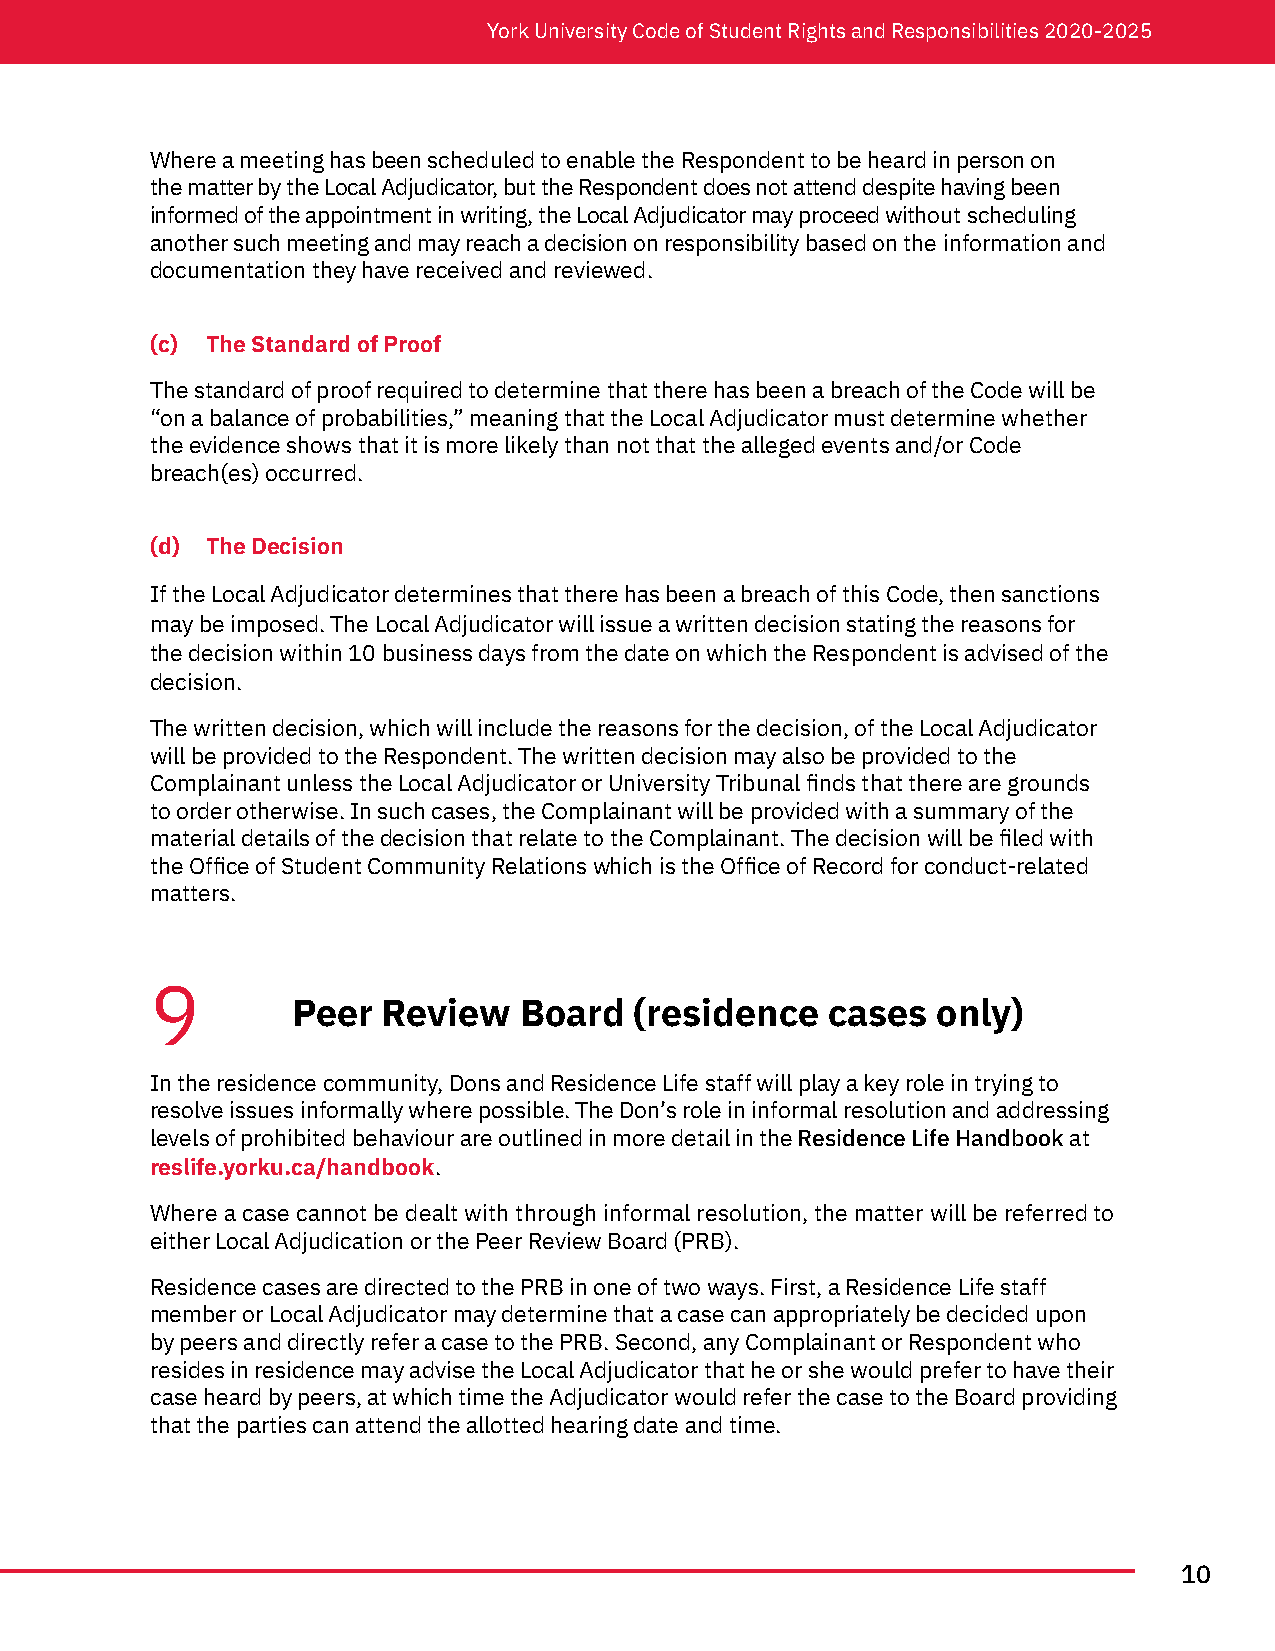
York University Code of Student Rights and Responsibilities 2020-2025
 Where a meeting has been scheduled to enable the Respondent to be heard in person on
 the matter by the Local Adjudicator, but the Respondent does not attend despite having been
 informed of the appointment in writing, the Local Adjudicator may proceed without scheduling
 another such meeting and may reach a decision on responsibility based on the information and
 documentation they have received and reviewed.
 (c) The Standard of Proof
 The standard of proof required to determine that there has been a breach of the Code will be
 “on a balance of probabilities,” meaning that the Local Adjudicator must determine whether
 the evidence shows that it is more likely than not that the alleged events and/or Code
 breach(es) occurred.
 (d) The Decision
 If the Local Adjudicator determines that there has been a breach of this Code, then sanctions
 may be imposed. The Local Adjudicator will issue a written decision stating the reasons for
 the decision within 10 business days from the date on which the Respondent is advised of the
 decision.
 The written decision, which will include the reasons for the decision, of the Local Adjudicator
 will be provided to the Respondent. The written decision may also be provided to the
 Complainant unless the Local Adjudicator or University Tribunal finds that there are grounds
 to order otherwise. In such cases, the Complainant will be provided with a summary of the
 material details of the decision that relate to the Complainant. The decision will be filed with
 the Office of Student Community Relations which is the Office of Record for conduct-related
 matters.
 9
 Peer  Review   Board   (residence   cases  only)
 In the residence community, Dons and Residence Life staff will play a key role in trying to
 resolve issues informally where possible. The Don’s role in informal resolution and addressing
 levels of prohibited behaviour are outlined in more detail in the Residence Life Handbook at
 reslife.yorku.ca/handbook.
 Where a case cannot be dealt with through informal resolution, the matter will be referred to
 either Local Adjudication or the Peer Review Board (PRB).
 Residence cases are directed to the PRB in one of two ways. First, a Residence Life staff
 member or Local Adjudicator may determine that a case can appropriately be decided upon
 by peers and directly refer a case to the PRB. Second, any Complainant or Respondent who
 resides in residence may advise the Local Adjudicator that he or she would prefer to have their
 case heard by peers, at which time the Adjudicator would refer the case to the Board providing
 that the parties can attend the allotted hearing date and time.
 10